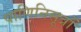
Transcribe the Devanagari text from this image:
पाणिनिसूत्रों